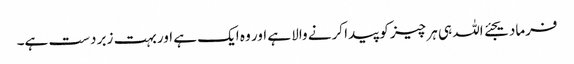
فرمادیجئے اللہ ہی ہر چیز کو پیدا کرنے والا ہے اور وہ ایک ہے اور بہت زبر دست ہے۔